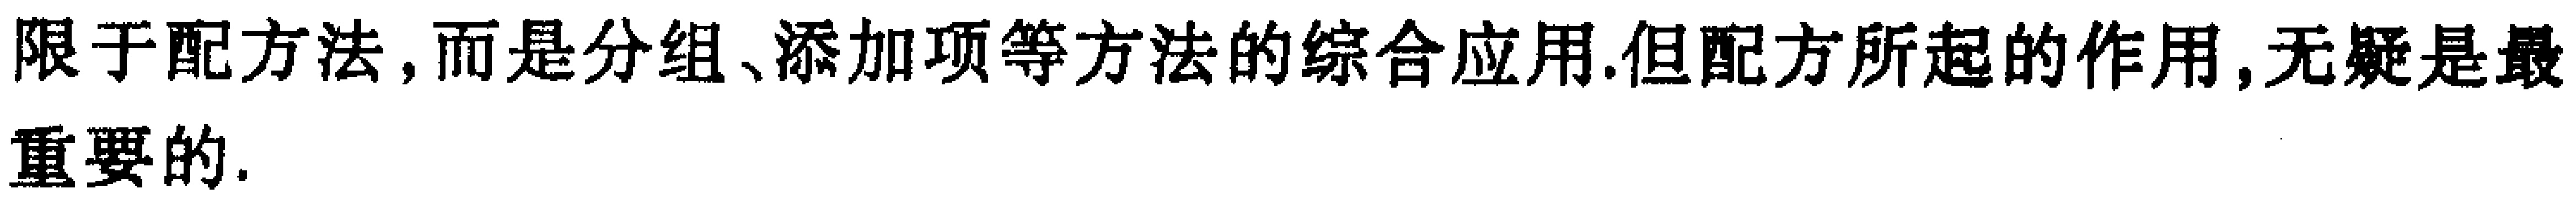
限于配方法,而是分组、添加项等方法的综合应用.但配方所起的作用,无疑是最重要的.